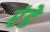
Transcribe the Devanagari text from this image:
रंडे